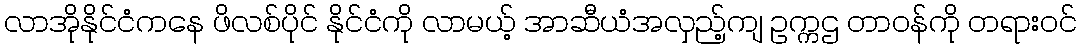
လာအိုနိုင်ငံကနေ ဖိလစ်ပိုင် နိုင်ငံကို လာမယ့် အာဆီယံအလှည့်ကျ ဥက္ကဌ တာဝန်ကို တရားဝင်